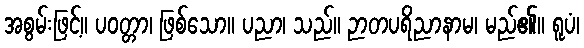
အစွမ်းဖြင့်။ ပဝတ္တာ၊ ဖြစ်သော။ ပညာ၊ သည်။ ဉာတပရိညာနာမ၊ မည်၏။ ရူပံ၊